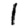
Digit: 1